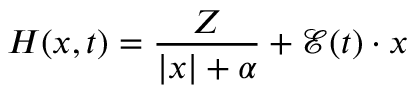
H ( x , t ) = \frac { Z } { | x | + \alpha } + \mathcal { E } ( t ) \cdot x